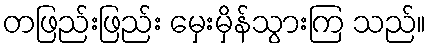
တဖြည်းဖြည်း မှေးမှိန်သွားကြ သည်။